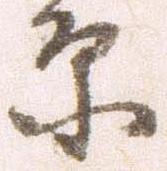
原